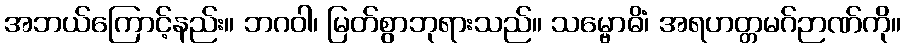
အဘယ်ကြောင့်နည်း။ ဘဂဝါ၊ မြတ်စွာဘုရားသည်။ သမ္ဗောဓိံ၊ အရဟတ္တမဂ်ဉာဏ်ကို။